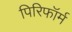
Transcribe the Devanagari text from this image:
पिरिफॉर्म